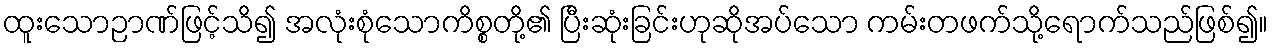
ထူးသောဉာဏ်ဖြင့်သိ၍ အလုံးစုံသောကိစ္စတို့၏ ပြီးဆုံးခြင်းဟုဆိုအပ်သော ကမ်းတဖက်သို့ရောက်သည်ဖြစ်၍။